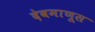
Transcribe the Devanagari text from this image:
देवमाणूस